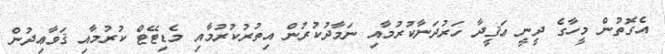
އެގޮތުން މީހާގެ ދީނީ ޢަޤީދާ ހަރުދަނާކުރުމާއި ނަމާދުކުރުން އިތުރުކުރުމާއި މެޑިޓޭޓް ކުރުމާއި ޤަވާޢިދުން